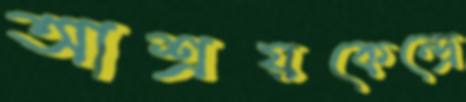
আশ্রয়কেন্দ্রে